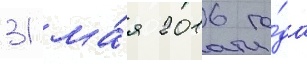
31 ма́я 2016 го́да